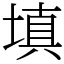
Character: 填